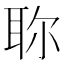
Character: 𦕗